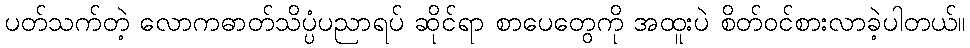
ပတ်သက်တဲ့ လောကဓာတ်သိပ္ပံပညာရပ် ဆိုင်ရာ စာပေတွေကို အထူးပဲ စိတ်ဝင်စားလာခဲ့ပါတယ်။